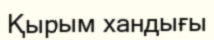
Қырым хандығы